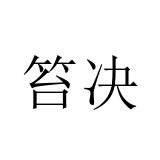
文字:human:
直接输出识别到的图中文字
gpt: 笞决